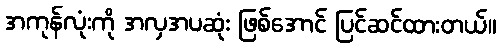
အကုန်လုံးကို အလှအပဆုံး ဖြစ်အောင် ပြင်ဆင်ထားတယ်။